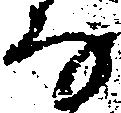
な